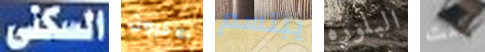
السكنى الاخرون يبتسم البلورة كنت